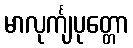
မာလုင်္ကျပုတ္တော